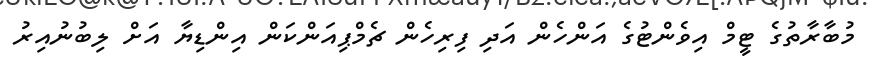
މުބާރާތުގެ ޓީމް އިވެންޓުގެ އަންހެން އަދި ފިރިހެން ޗެމްޕިއަންކަން އިންޑިޔާ އަށް ލިބުނުއިރު